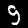
Label: 9